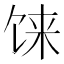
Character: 𩠄